Civil Veterinary Department Bihar & Orissa reports 1922-29 - 1922-1929
Year: 1922
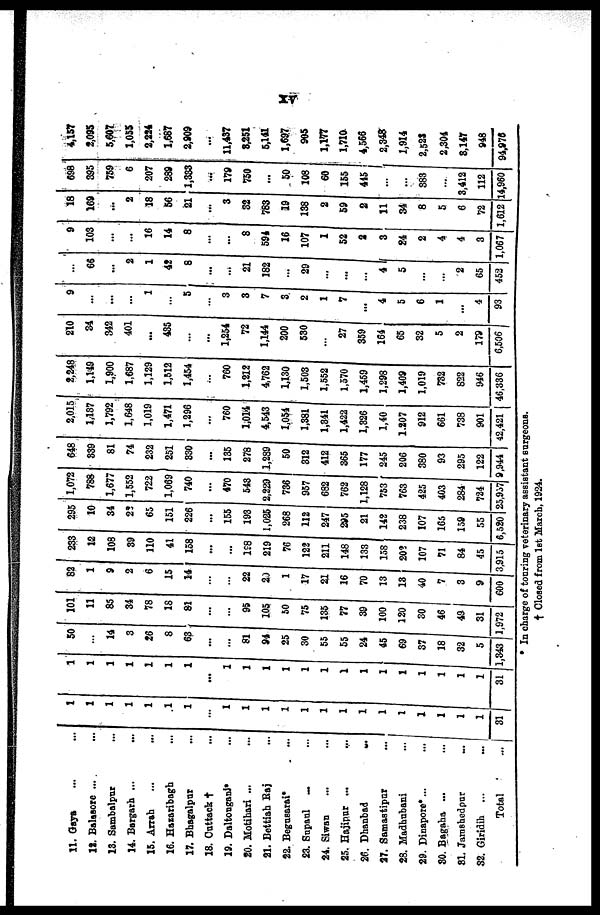
11. Gaya ...
12. Balssore ...
13. Sambslpnr
14. Bargarh ...
15. Arrah
...
16. Hazaribagh
17. Bbagalpnr
18.
Cattack†
...
19. DaltonganJ* ...
20. Motibari ...
21. Bettiah Raj ...
22. BeguBarai*
23. Supatil ... ...
24. Siwau ... ...
25. Hajipur ... ...
26. Dhanbad
...
27. Samaatipur ...
28. Madhubani
...
29. Dinapore*...
...
30. Bagaha ...
...
31. Jaroshcdpur
...
32. Giridih ...
...
Total
...
1
1
1
1
1
1
1
...
1
1
1
1
1
1
1
1
1
1
1
31
1
1
1
1
1
1
...
1
1
1
1
1
1
1
1
1
1
1
1
1
1
31
50
...
14
3
26
8
63
...
...
81
94
25
30
55
55
24
45
69
37
18
32
5
1,343
101
11
85
34
78
18
81
...
...
95
105
50
75
135
77
39
100
120
30
46
49
31
1972
82
1
9
2
6
15
14
...
22
2J
1
17
21
16
70
13
13
40
7
3
9
600 3
1 233
12
108
39
no
41
158
...
...
198
219
76
122
211
148
133
158
202
107
71
84
45
,915 I 6
295
10
34
22
65
151
226
...
155
193
1,025
268
112
247
295
21
142
238
107
165
159
55
,520 2
1,072
1 788
1,677
1,552
722
1,069
740
...
470
543
2,229
736
957
682
762
1,128
753
763
425
403
284
724
5,97 8
648
339
81
74
232
251
830
...
135
278
1,289
50
312
412
365
177
245
206
380
93
295
122
,944
2,015
1,137
1,792
1,648
1,019
1,471
1,296
...
760
1,014
4,543
1,054
1,381
1,341
1,422
1,826
1,40
1.207
912
661
738
901
42,421
2,24£
1,149
1,900
1,687
1,129
1,512
1,454
...
760
1,212
4,762
1,130
1,503
1,552
1,570
1,459
1,298
1,409
1,019
732
822
946
46,336
210
34
342
401
...
435
...
...
1,254
72
1,144
200
530
...
27
359
164
65
32
5
2
179
6,506
9
...
...
...
1
...
5
...
3
3
7
3
2
1
7
...
4
5
6
1
...
4
93
...
66
...
2
1
42
8
...
. . .
21
182
...
29 1
...
...
... 1
1
5
...
2
65
452
9
103
...
...
16
14
8
...
1 . . .
8
594
16
107
1
52
2
3
24
2
4
4
3
1,067
18
169
...
2
18
56
21
...
3
32
783
19
138
2
59
2
11
34
8
5
6
72
1,612 1
698
395
759
6
207
289
1,383
...
179
750
...
50
108
60
155
415
...
883
...
3,412
112
4,960
4,157
2,095
5,607
1,055
2,224
1,687
2,909
...
11,437
8,251
5,141
1,697
905
1,177
1,710
4,566
2,34*
1,914
2,521
234
8,147
948
94,970
* In charge of tonring veterinary assistant Burgeons.
†losed from 1st March, 1924.